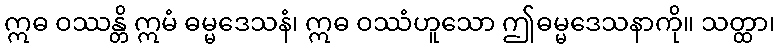
ဣဓ ဝဿန္တိ ဣမံ ဓမ္မဒေသနံ၊ ဣဓ ဝဿံဟူသော ဤဓမ္မဒေသနာကို။ သတ္ထာ၊